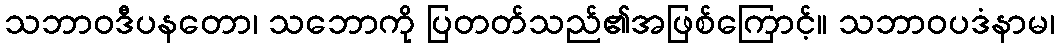
သဘာဝဒီပနတော၊ သဘောကို ပြတတ်သည်၏အဖြစ်ကြောင့်။ သဘာဝပဒံနာမ၊